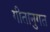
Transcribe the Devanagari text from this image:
गीतानुगत